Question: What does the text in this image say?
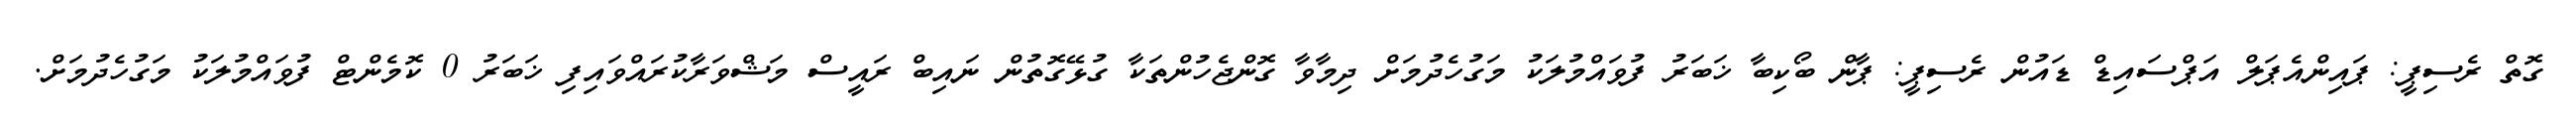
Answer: ގޮތް ރެސިޕީ: ޕައިންއެޕަލް އަޕްސައިޑް ޑައުން ރެސިޕީ: ޕާން ބޯކިބާ ޚަބަރު ފުވައްމުލަކު މަގުހެދުމަށް ދިމާވާ ގޮންޖެހުންތަކާ ގުޅޭގޮތުން ނައިބް ރައީސް މަޝްވަރާކުރައްވައިފި ޚަބަރު 0 ކޮމެންޓް ފުވައްމުލަކު މަގުހެދުމަށް.